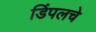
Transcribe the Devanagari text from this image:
डिंपलचे